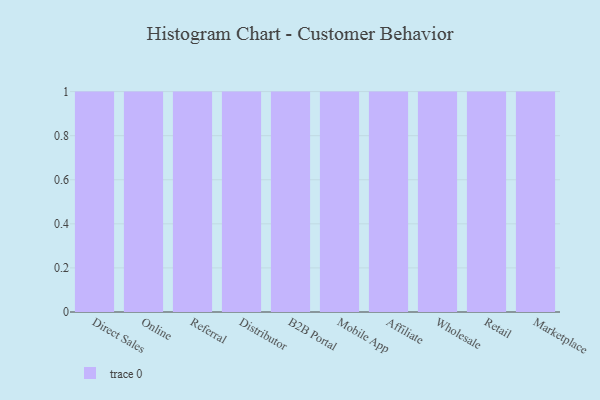
{"axis": {"x": "Channel", "y": "Page Views"}, "legend": [""], "data": [{"x": "Direct Sales", "y": 76, "type": ""}, {"x": "Online", "y": 49, "type": ""}, {"x": "Referral", "y": 1, "type": ""}, {"x": "Distributor", "y": 84, "type": ""}, {"x": "B2B Portal", "y": 52, "type": ""}, {"x": "Mobile App", "y": 16, "type": ""}, {"x": "Affiliate", "y": 45, "type": ""}, {"x": "Wholesale", "y": 10, "type": ""}, {"x": "Retail", "y": 59, "type": ""}, {"x": "Marketplace", "y": 5, "type": ""}]}